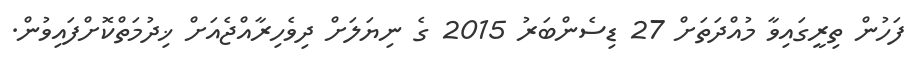
ފަހުން ތިރީގައިވާ މުއްދަތަށް 27 ޑިސެންބަރު 2015 ގެ ނިޔަލަށް ދިވެހިރާއްޖެއަށް ޚިދުމަތްކޮށްފައިވުން.